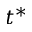
t ^ { * }